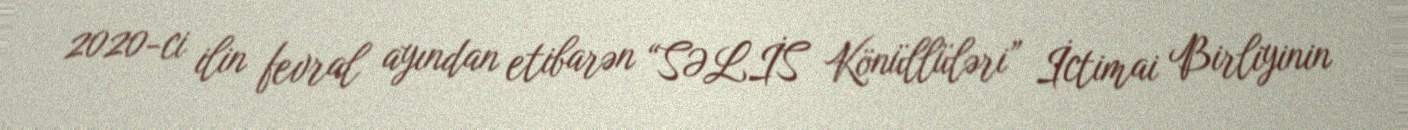
2020-ci ilin fevral ayından etibarən “SƏLİS Könüllüləri” İctimai Birliyinin